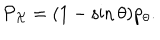
{ \cal P } _ { \cal X } = ( 1 - \sin \theta ) p _ { \theta } .